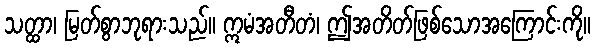
သတ္ထာ၊ မြတ်စွာဘုရားသည်။ ဣမံအတီတံ၊ ဤအတိတ်ဖြစ်သောအကြောင်းကို။